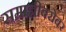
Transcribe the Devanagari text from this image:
सम्राज्ञीबरोबर